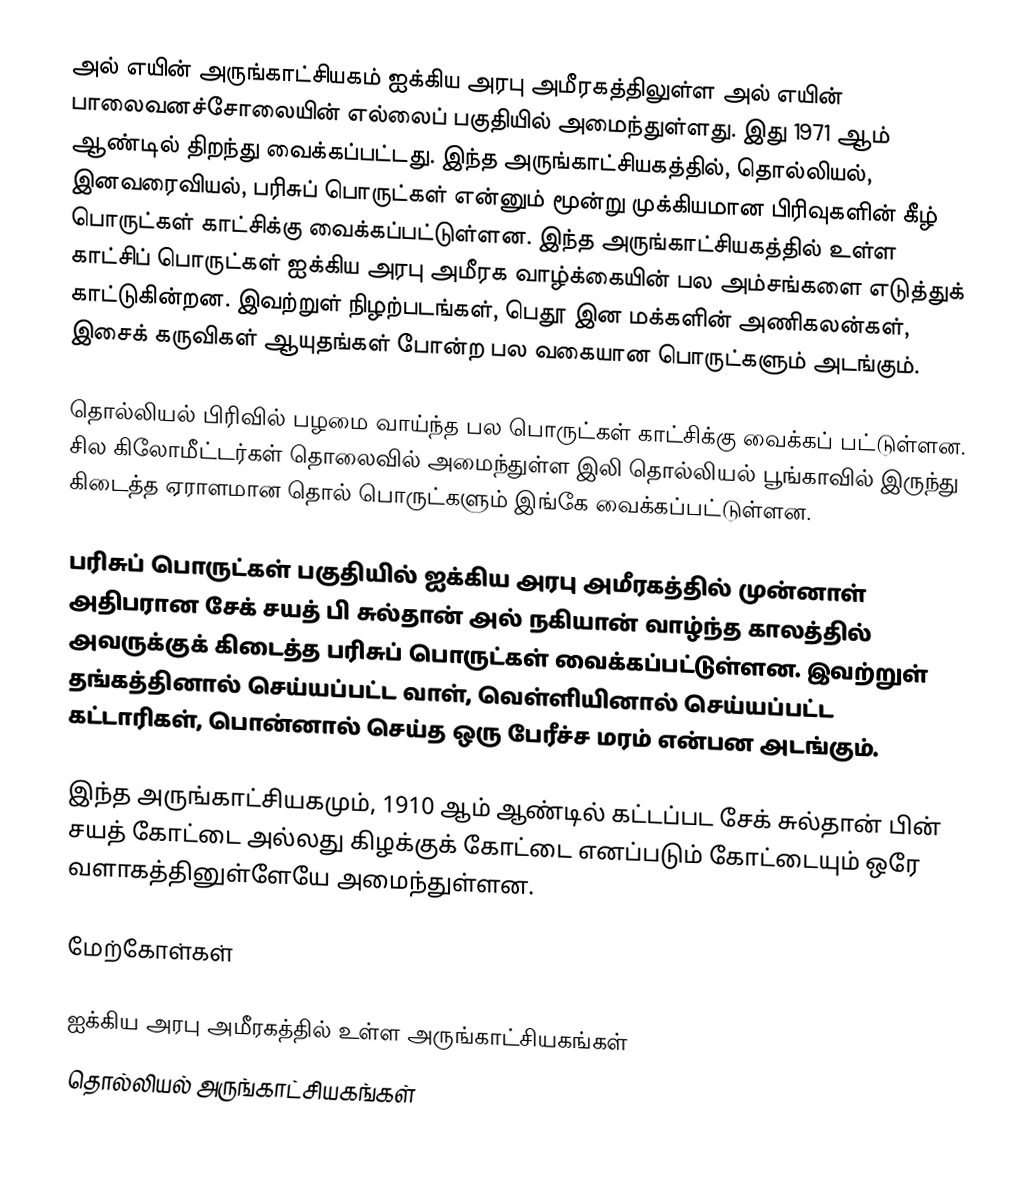
அல் எயின் அருங்காட்சியகம் ஐக்கிய அரபு அமீரகத்திலுள்ள அல் எயின் பாலைவனச்சோலையின் எல்லைப் பகுதியில் அமைந்துள்ளது. இது 1971 ஆம் ஆண்டில் திறந்து வைக்கப்பட்டது. இந்த அருங்காட்சியகத்தில், தொல்லியல், இனவரைவியல், பரிசுப் பொருட்கள் என்னும் மூன்று முக்கியமான பிரிவுகளின் கீழ் பொருட்கள் காட்சிக்கு வைக்கப்பட்டுள்ளன. இந்த அருங்காட்சியகத்தில் உள்ள காட்சிப் பொருட்கள் ஐக்கிய அரபு அமீரக வாழ்க்கையின் பல அம்சங்களை எடுத்துக் காட்டுகின்றன. இவற்றுள் நிழற்படங்கள், பெதூ இன மக்களின் அணிகலன்கள், இசைக் கருவிகள் ஆயுதங்கள் போன்ற பல வகையான பொருட்களும் அடங்கும்.

தொல்லியல் பிரிவில் பழமை வாய்ந்த பல பொருட்கள் காட்சிக்கு வைக்கப் பட்டுள்ளன. சில கிலோமீட்டர்கள் தொலைவில் அமைந்துள்ள இலி தொல்லியல் பூங்காவில் இருந்து கிடைத்த ஏராளமான தொல் பொருட்களும் இங்கே வைக்கப்பட்டுள்ளன.

பரிசுப் பொருட்கள் பகுதியில் ஐக்கிய அரபு அமீரகத்தில் முன்னாள் அதிபரான சேக் சயத் பி சுல்தான் அல் நகியான் வாழ்ந்த காலத்தில் அவருக்குக் கிடைத்த பரிசுப் பொருட்கள் வைக்கப்பட்டுள்ளன. இவற்றுள் தங்கத்தினால் செய்யப்பட்ட வாள், வெள்ளியினால் செய்யப்பட்ட கட்டாரிகள், பொன்னால் செய்த ஒரு பேரீச்ச மரம்  என்பன அடங்கும்.

இந்த அருங்காட்சியகமும், 1910 ஆம் ஆண்டில் கட்டப்பட சேக் சுல்தான் பின் சயத் கோட்டை அல்லது கிழக்குக் கோட்டை எனப்படும் கோட்டையும் ஒரே வளாகத்தினுள்ளேயே அமைந்துள்ளன.

மேற்கோள்கள்

ஐக்கிய அரபு அமீரகத்தில் உள்ள அருங்காட்சியகங்கள்
தொல்லியல் அருங்காட்சியகங்கள்